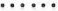
\ldots\ldots